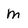
Character: m